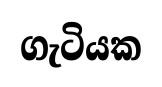
ගැටියක